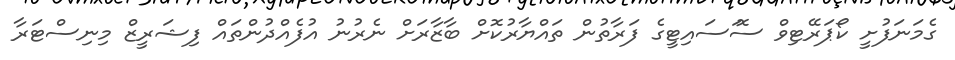
ގެމަނަފުށީ ކޯޕަރޭޓިވް ސޮަސައިޓީގެ ފަރާތުން ތައްޔާރުކޮށް ބާޒާރަށް ނެރުނު އުފެއްދުންތައް ފިޝަރީޒް މިނިސްޓަރާ